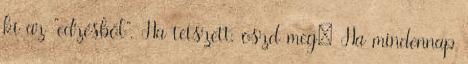
ki az "edzésből". Ha tetszett, oszd meg: Ha mindennap